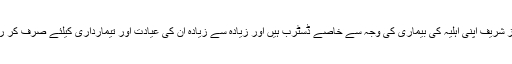
میاں نواز شریف اپنی اہلیہ کی بیماری کی وجہ سے خاصے ڈسٹرب ہیں اور زیادہ سے زیادہ ان کی عیادت اور تیمارداری کیلئے صرف کر رہے ہیں۔